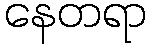
နေတရာ